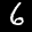
Label: 6